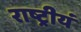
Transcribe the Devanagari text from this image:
राष्ट्रीयं